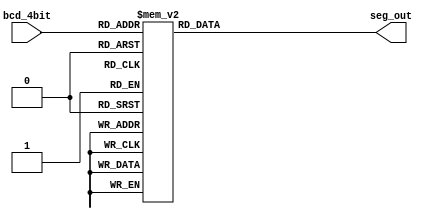
`timescale 1ns / 1ps
//////////////////////////////////////////////////////////////////////////////////
// Company: 
// Engineer: 
// 
// Design Name: 
// Module Name: decoder_7seg
// Project Name: 
// Target Devices: 
// Tool Versions: 
// Description: 
// 
// Dependencies: 
// 
// Revision:
// Revision 0.01 - File Created
// Additional Comments:
// 
//////////////////////////////////////////////////////////////////////////////////


module decoder_7seg(
    input [3:0] bcd_4bit,
    output [7:0] seg_out
    );

    function [7:0] deco7;
        input [3:0] bcd_4bit;
        case (bcd_4bit)
            // D.P, a, b, c, d, e, f, g
            4'h0:    deco7 = 8'b01111110;
            4'h1:    deco7 = 8'b00110000;
            4'h2:    deco7 = 8'b01101101;
            4'h3:    deco7 = 8'b01111001;
            4'h4:    deco7 = 8'b00110011;
            4'h5:    deco7 = 8'b01011011;
            4'h6:    deco7 = 8'b01011111;
            4'h7:    deco7 = 8'b01110010;
            4'h8:    deco7 = 8'b01111111;
            4'h9:    deco7 = 8'b01111011;
            4'ha:    deco7 = 8'b01110111;
            4'hb:    deco7 = 8'b00011111;
            4'hc:    deco7 = 8'b01001110;
            4'hd:    deco7 = 8'b00111101;
            4'he:    deco7 = 8'b01001111;
            4'hf:    deco7 = 8'b01000111;
            default: deco7 = 8'b10000000;
        endcase
    endfunction

    assign seg_out = deco7(bcd_4bit);

endmodule